Medical and sanitary report of the native army of Bengal for the year
Year: 1875
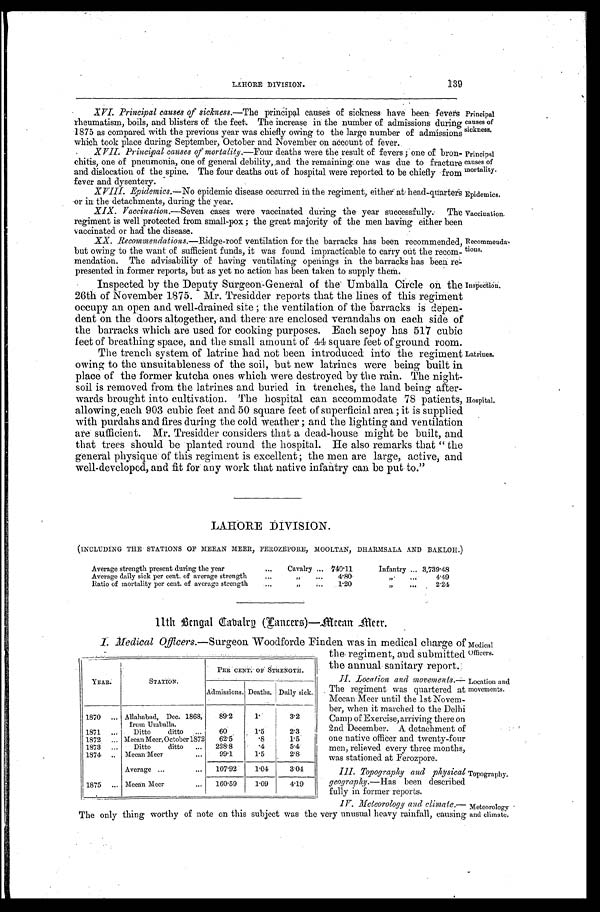
Principal
causes of
sickness.
Principal
causes of
mortality.
Epidemics.
Vaccination.
Medical
Officers.
Location and
movements.
LAHORE DIVISION.
139
XVI. Principal causes of sickness .—The principal causes of sickness have been fevers
rheumatism, boils, and blisters of the feet. The increase in the number of admissions during
1875 as compared with the previous year was chiefly owing to the large number of admissions
which took place during September. October and November on account of fever
.
XVII. Principal Causes of morlality .—Four deaths were the result of fevers; one of bron
- c h i t i s , o n e o f p n e u m o n i a , o n e o f g e n e r a l d e b i l i t y , a n d t h e r e m a i n i n g o n e w a s d u e t o f r a c t u r e
and dislocation of the spine. The four deaths out of hospital were reported to be chiefly from
fever and dysentery.
XVIII. Epidemics .—No epidemic disease occurred in the regiment, either at head-quarters
or in the detachments, during the year.
XIX. Vaccinalion .—Seven cases were vaccinated during the year successfully. The
regiment is well protected from small-pox; the great majority of the men having either been
vaccinated or had the disease.
XX. Recommendations .—Ridge-roof ventilation for the barracks has been recommended,
but owing to the want of sufficient funds, it was found impracticable to carry out the recom
-mendation. The advisability of having ventilating openings in the barracks has been re
-presented in former reports, but as yet no action has been taken to supply them.
Inspected by the Deputy Surgeon-General of the Umballa Circle on the
26th of November 1875. Mr. Tresidder reports that the lines of this regiment
occupy an open and well-drained site; the ventilation of the barracks is depen
-dent on the doors altogether, and there are enclosed verandahs on each side of
the barracks which are used for cooking purposes. Each sepoy has 517 cubic
feet of breathing space, and the small amount of 44 square feet of ground room.
Recommenda
- tions.
Inspection.
The trench system of latrine had not been introduced into the regiment
owing to the unsuitableness of the soil, but new latrines were being built in
place of the former kutcha ones which were destroyed by the rain. The night
-soil is removed from the latrines and buried in trenches, the land being after
-wards brought into cultivation. The hospital can accommodate 78 patients,
allowing each 903 cubic feet and 50 square feet of superficial area; it is supplied
with purdahs and fires during the cold weather; and the lighting and ventilation
are sufficient. Mr. Tresidder considers that a dead-house might be built, and
that trees should be planted round the hospital. He also remarks that "the
general physique of this regiment is excellent; the men are large, active, and
well-developed, and fit for any work that native infantry can be put to."
Latrines.
Hospital.
LAHORE DIVISION.
(INCLUDING THE STATIONS OF MEEAN MEER, FEROZEPORE, MOOLTAN, DHARMSALA AND BAKLOH.)
Average strength present during the year . . .Cavalry . . .740.11
Infantry . . . 3,739.48
Average daily sick per cent. of average strength . . . " 4.80 " . . .
4.49
Ratio of mortality per cent. of average strength . . . " . . .
1.20 " . . .
2.24
11th Bengal Cavalry (Lancers)—Meean Meer.
1. Medical Officers.—Surgeon Woodforde Finden was in medical charge of
the regiment, and submitted
the annual sanitary report.
II. Location and movements
. — T h e r e g i m e n t w a s q u a r t e r e d a t
Meean Meer until the lst Novem
- b e r , w h e n i t m a r c h e d t o t h e D e l h i
Camp of Exercise, arriving there on
2 n d D e c e m b e r . A d e t a c h m e n t o f
one native officer and twenty-four
men, relieved every three months,
was stationed at Ferozpore.
III. Topography and
p h y s i c a l g e o g r a p h y
. — H a s
b e e n d e s c r i b e d
fully in former reports.
IV. Meteorology and climate .—
The only thing worthy of note on this subject was the very unusual heavy rainfall, causing
YEAR.
STATION.
PER CENT. OF STRENGTH.
Admissions. Deaths. Daily sick.
1870 . . .
Allahabad, Dec. 1868,
from Umballa.
89.2
1.
3.2
1871 . . .
Ditto ditto . . .
60
1.5
2.3
1872 . . .
Meean Meer, October 1872
62.5
. 8
1.5
1873 . . .
Ditto ditto . . .
228.8
. 4
5.4
1874 . . .
Meean Meer . . .
99.1
1.5
2.8
Average . . .
107.92
1.04
3.04
1875 . . .
Meean Meer . . .
160.59
1.09
4.19
Topography.
Meteorology
and climate.